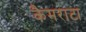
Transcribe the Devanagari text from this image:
कैमराटा